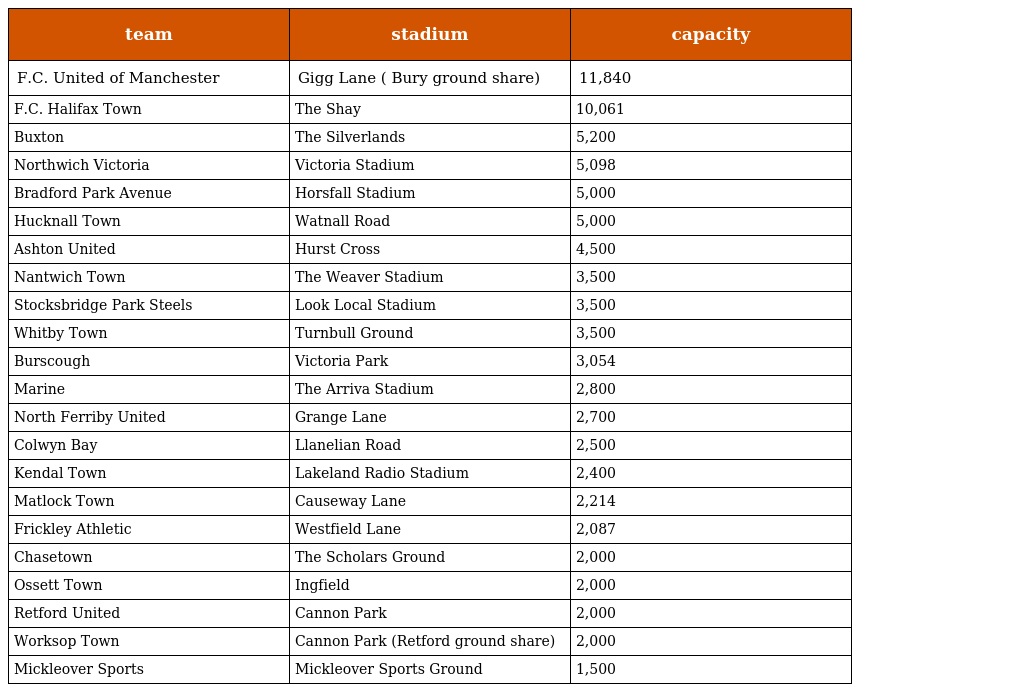
| team | stadium | capacity |
 | --- | --- | --- |
 | F.C. United of Manchester | Gigg Lane ( Bury ground share) | 11,840 |
 | F.C. Halifax Town | The Shay | 10,061 |
 | Buxton | The Silverlands | 5,200 |
 | Northwich Victoria | Victoria Stadium | 5,098 |
 | Bradford Park Avenue | Horsfall Stadium | 5,000 |
 | Hucknall Town | Watnall Road | 5,000 |
 | Ashton United | Hurst Cross | 4,500 |
 | Nantwich Town | The Weaver Stadium | 3,500 |
 | Stocksbridge Park Steels | Look Local Stadium | 3,500 |
 | Whitby Town | Turnbull Ground | 3,500 |
 | Burscough | Victoria Park | 3,054 |
 | Marine | The Arriva Stadium | 2,800 |
 | North Ferriby United | Grange Lane | 2,700 |
 | Colwyn Bay | Llanelian Road | 2,500 |
 | Kendal Town | Lakeland Radio Stadium | 2,400 |
 | Matlock Town | Causeway Lane | 2,214 |
 | Frickley Athletic | Westfield Lane | 2,087 |
 | Chasetown | The Scholars Ground | 2,000 |
 | Ossett Town | Ingfield | 2,000 |
 | Retford United | Cannon Park | 2,000 |
 | Worksop Town | Cannon Park (Retford ground share) | 2,000 |
 | Mickleover Sports | Mickleover Sports Ground | 1,500 |